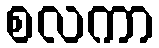
စလကာ